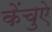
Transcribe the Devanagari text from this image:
केंचुऐ